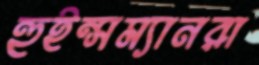
হুইন্সম্যানরা